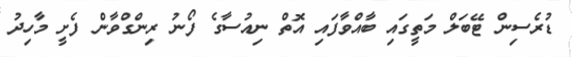
ޑުރެސިން ޓޭބަލް މަތީގައި ބާއްވާފައި އޮތް ނިއުސާގެ ފޯނު ރިންގްވާން ފެށީ މާހިދު